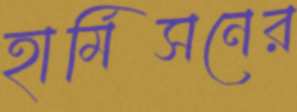
হার্মিসনের